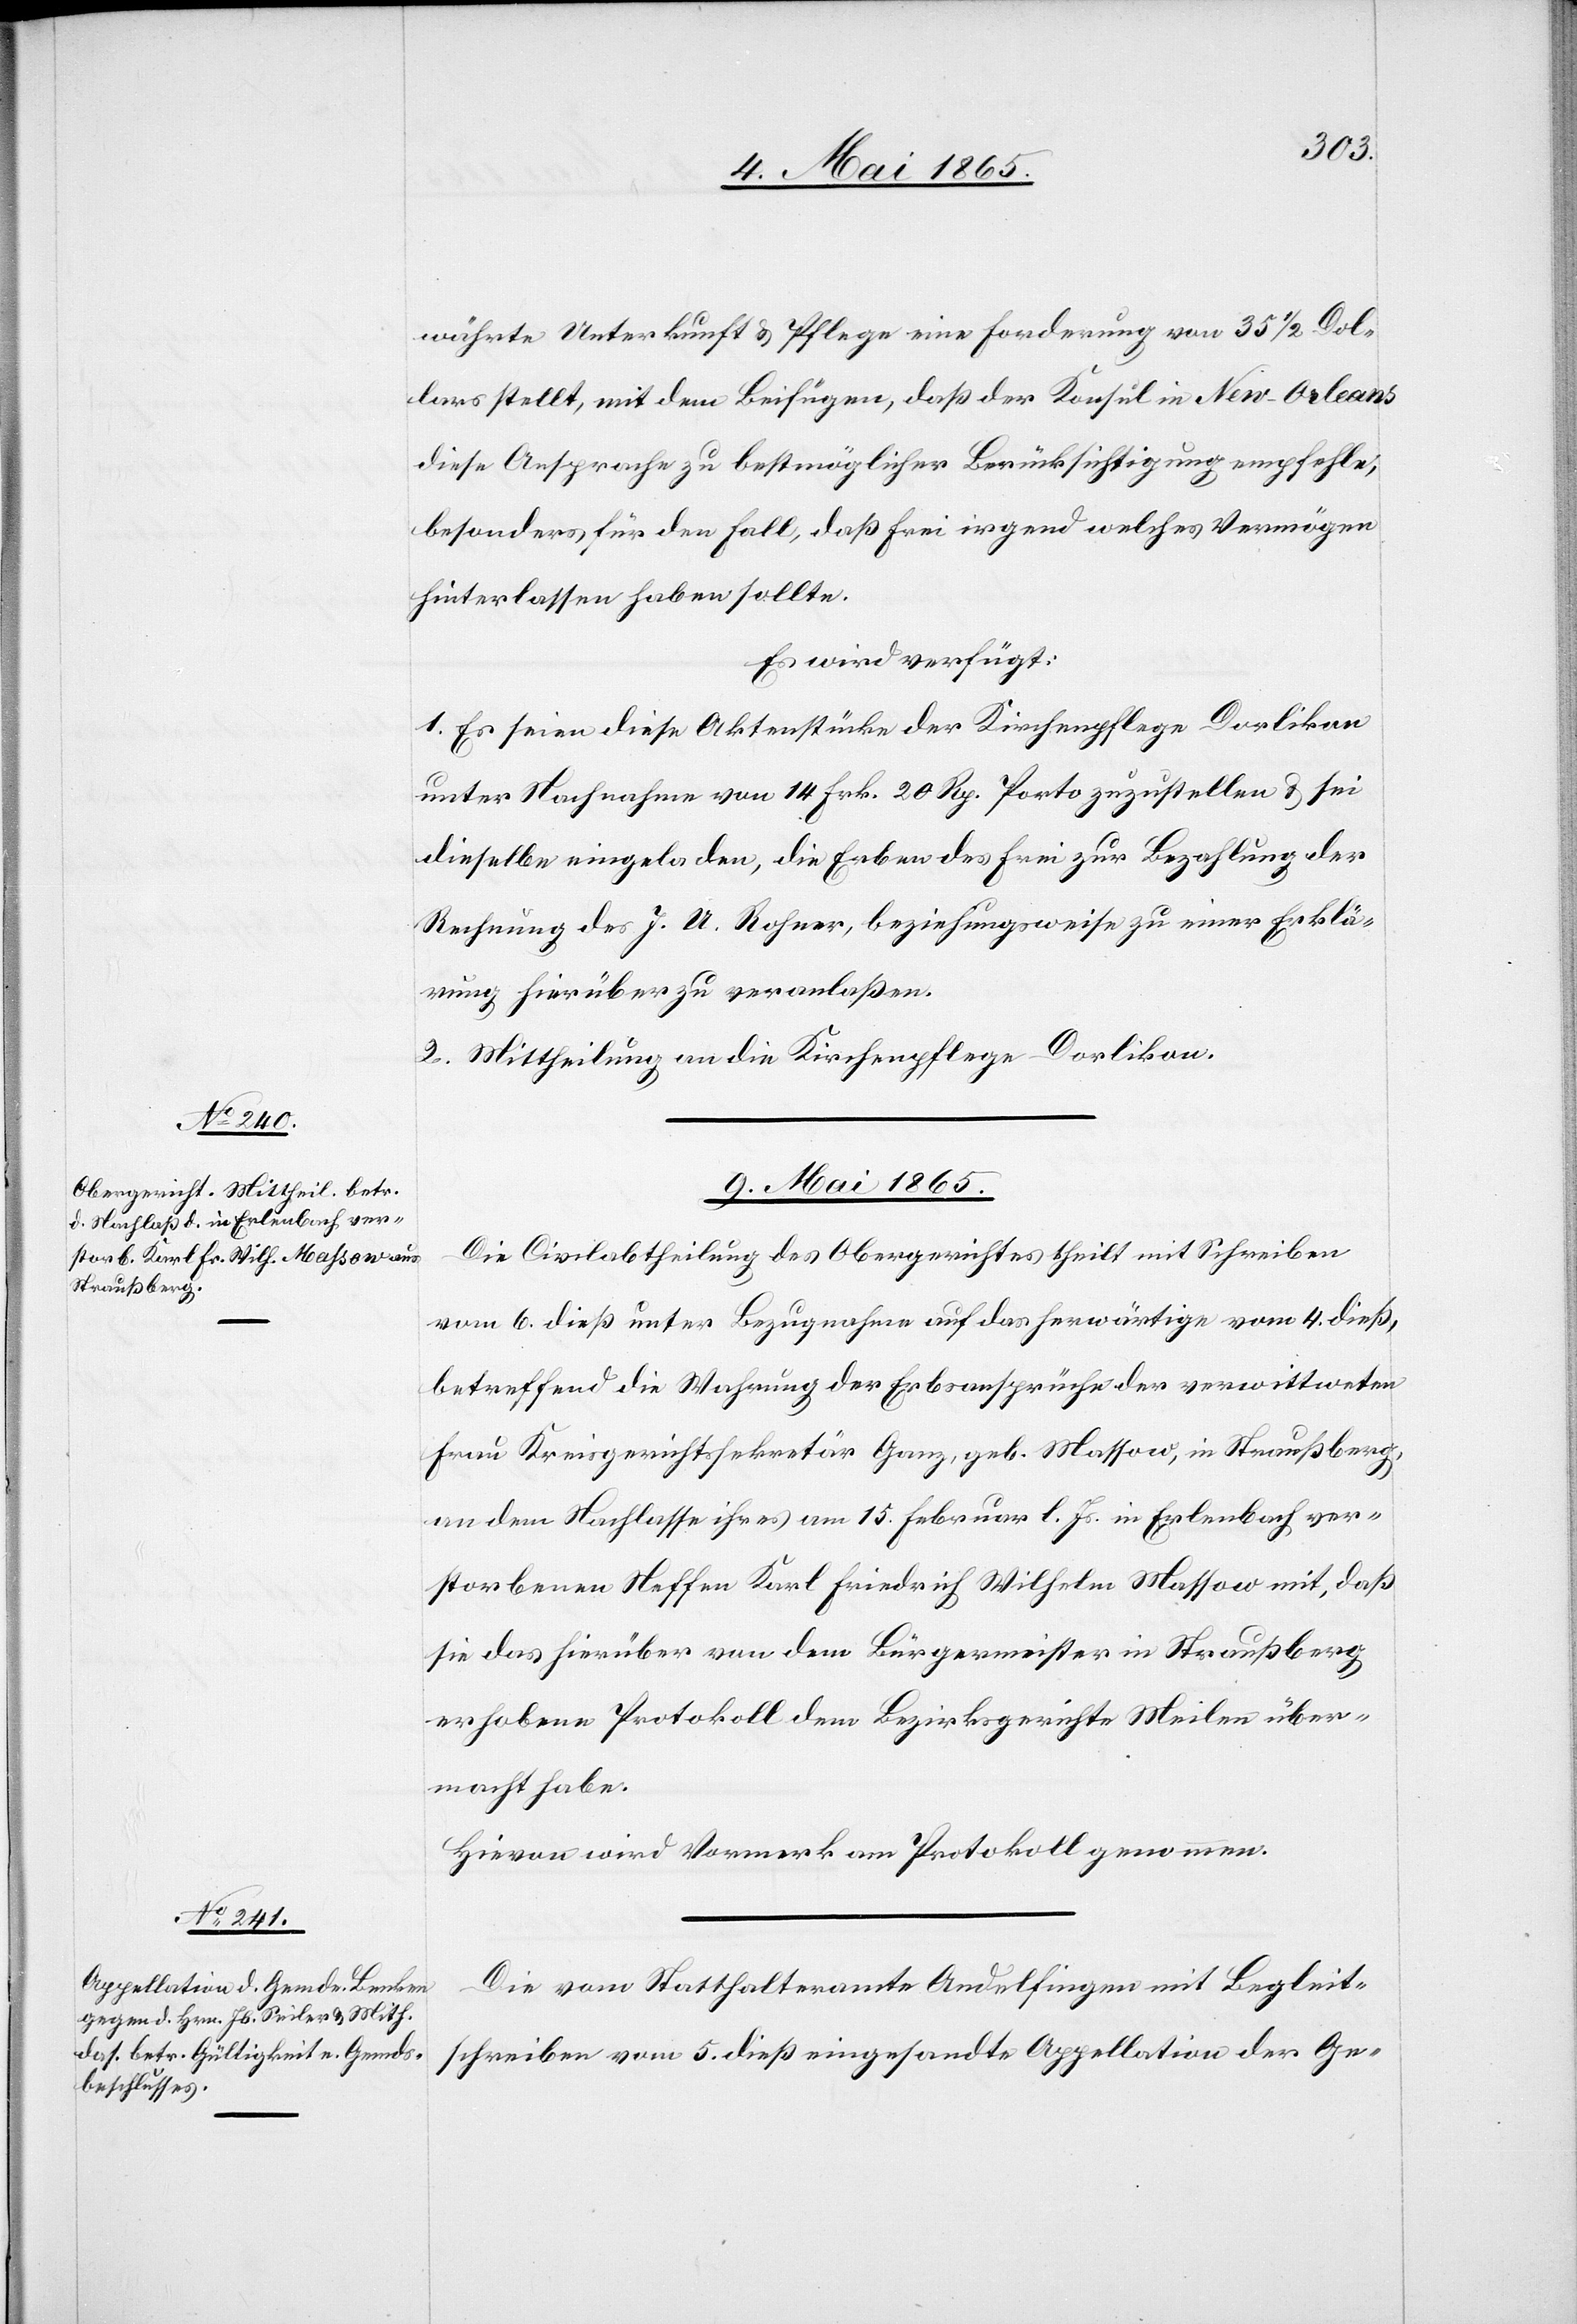
währte Unterkunft & Pflege eine Forderung von 35 ½ Dol¬
lars stellt, mit dem Beifügen, das der Konsul in New-Orleans
diese Ansprache zu bestmöglicher Berücksichtigung empfehle,
besonders für den Fall, daß Frei irgend welches Vermögen
hinterlassen haben sollte.
Es wird verfügt:
1. Es seien diese Aktenstücke der Kirchenpflege Dorlikon
unter Nachnahme von 14 Frk. 20 Rp. Porto zuzustellen & sei
dieselbe eingeladen, die Erben des Frei zur Bezahlung der
Rechnung des J. U. Rohner, beziehungsweise zu einer Erklä¬
rung hierüber zu veranlaßen.
2. Mittheilung an die Kirchenpflege Dorlikon.
9. Mai 1865.]
Die Civilabtheilung des Obergerichtes theilt mit Schreiben
vom 6. dieß unter Bezugnahme auf das herwärtige vom 4. dieß,
betreffend die Wahrung der Erbsansprüche der verwittweten
Frau Kreisgerichtssekretär Ganz, geb. Massow, in Straußberg,
an dem Nachlasse ihres am 15. Februar l. Js. in Erlenbach ver¬
storbenen Neffen Karl Friedrich Wilhelm Massow mit, daß
sie das hierüber von dem Bürgermeister in Straußberg
erhobene Protokoll dem Bezirksgerichte Meilen über¬
macht habe.
Hievon wird Vormerk am Protokoll genommen.
Die vom Statthalteramte Andelfingen mit Begleit¬
schreiben vom 5. dieß eingesandte Appellation der Ge-